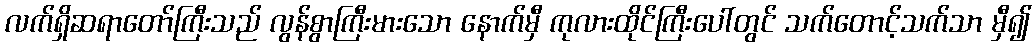
လက်ရှိဆရာတော်ကြီးသည် လွန်စွာကြီးမားသော နောက်မှီ ကုလားထိုင်ကြီးပေါ်တွင် သက်တောင့်သက်သာ မှီ၍